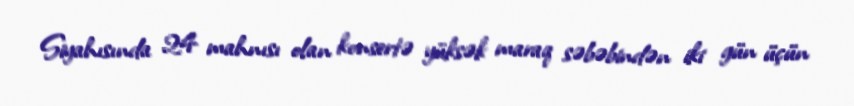
Siyahısında 24 mahnısı olan konsertə yüksək maraq səbəbindən iki gün üçün